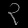
Digit: ၃